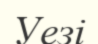
Уезі